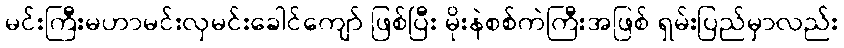
မင်းကြီးမဟာမင်းလှမင်းခေါင်ကျော် ဖြစ်ပြီး မိုးနဲစစ်ကဲကြီးအဖြစ် ရှမ်းပြည်မှာလည်း